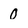
Character: 0